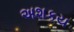
અશકય